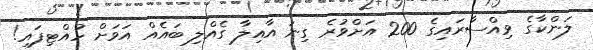
ލަންކާގެ ވިއްސާރައިގެ 200 އަށްވުރެ ގިނަ އާއިލާ ގެއްލި ބައެއް އަވަށް ހުއްޓިފައި!